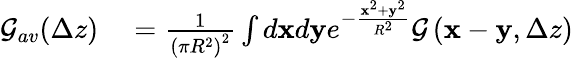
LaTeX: \begin{array}{rl}{\mathcal{G}_{av}(\Delta z)}&{{}=\frac{1}{\left(\pi R^{2}\right)^{2}}\int d\mathbf{x}d\mathbf{y}e^{-\frac{\mathbf{x}^{2}+\mathbf{y}^{2}}{R^{2}}}\mathcal{G}\left(\mathbf{x}-\mathbf{y},\Delta z\right)}\end{array}